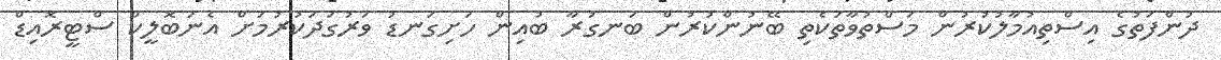
ދުންފަތުގެ އިސްތިއުމާލުކުރުން މަސްތުވާތަކެތި ބޭނުންކުރުން ބަނގުރާ ބުއިން ހަށިގަނޑު ވަރުގަދަކުރުމަށް އެނަބޮލީކް ސްޓީރޮއިޑް